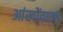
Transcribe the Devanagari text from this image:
आंखोंवाला